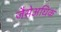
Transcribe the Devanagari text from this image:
जैसेअधिक